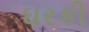
ઘરકી